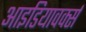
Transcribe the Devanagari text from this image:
आइडियावर्क्स